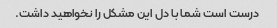
درست است شما با دل این مشکل را نخواهید داشت.